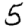
Digit: 5